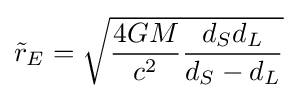
{\tilde {r}}_{E}={\sqrt {{\frac {4GM}{c^{2}}}{\frac {d_{S}d_{L}}{d_{S}-d_{L}}}}}